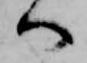
へ